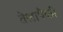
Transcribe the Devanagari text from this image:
तेलापैकी